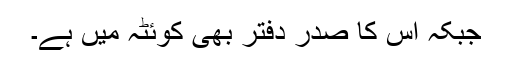
جبکہ اس کا صدر دفتر بھی کوئٹہ میں ہے۔